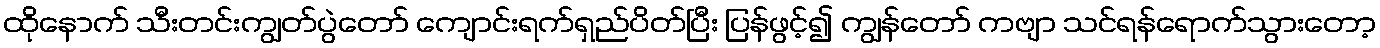
ထိုနောက် သီးတင်းကျွတ်ပွဲတော် ကျောင်းရက်ရှည်ပိတ်ပြီး ပြန်ဖွင့်၍ ကျွန်တော် ကဗျာ သင်ရန်ရောက်သွားတော့